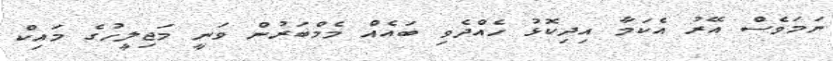
ނަމަވެސް އޭރު އެކަމާ އިދިކޮޅު ހެއްދެވި ބައެއް މެމްބަރުން ވަނީ މަޖިލީހުގެ މައިކް